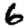
Digit: 6